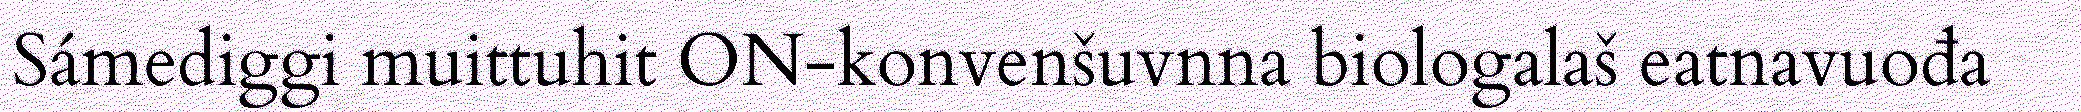
Sámediggi muittuhit ON-konvenšuvnna biologalaš eatnavuođa